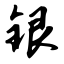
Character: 银